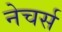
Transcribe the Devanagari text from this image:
नेचर्स